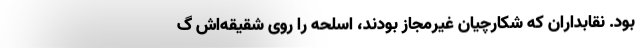
بود. نقابداران که شکارچیان غیرمجاز بودند، اسلحه را روی شقیقه‌اش گ